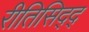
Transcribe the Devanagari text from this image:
रीतिसिद्द्